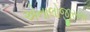
એનાલોજીસના